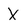
Character: X